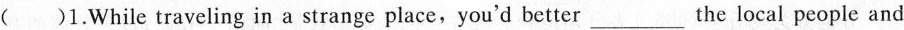
1.While traveling in a strange place, you'd better___the local people and